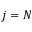
j = N